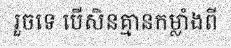
រួចទេ បើសិនគ្មានកម្លាំងពី